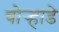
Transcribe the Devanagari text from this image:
बोर्‍हाडे